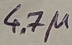
Text: 4.7µ